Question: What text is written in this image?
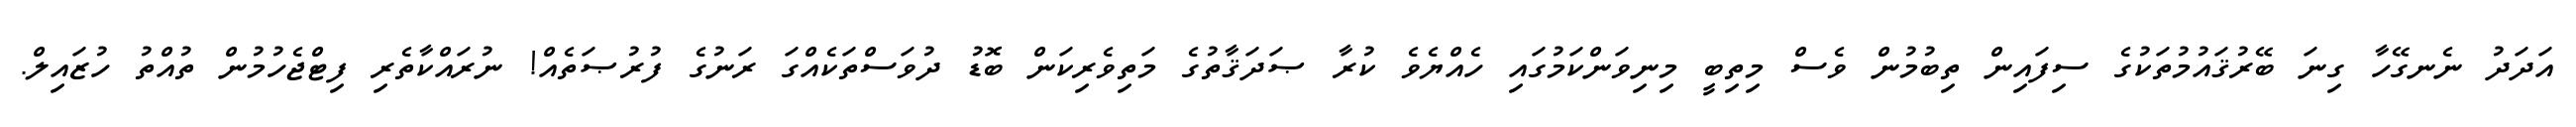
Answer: އަދަދު ނެނގޭހާ ގިނަ ބޭރުޤައުމުތަކުގެ ސިފައިން ތިބުމުން ވެސް މިތިބީ މިނިވަންކަމުގައި ހެއްޔެވެ ކުރާ ޞަދަޤާތުގެ މަތިވެރިކަން ބޮޑު ދުވަސްތަކެއްގަ ރަނުގެ ފުރުޞަތެއް! ނުރައްކާތެރި ފިޓްޖެހުމުން ތުއްތު ހުޒައިލް.